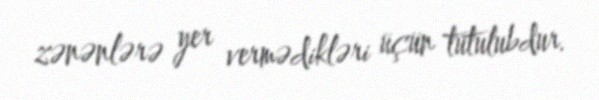
zənənlərə yer vermədikləri üçün tutulubdur.